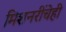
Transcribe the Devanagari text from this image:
मिशनरींचेही